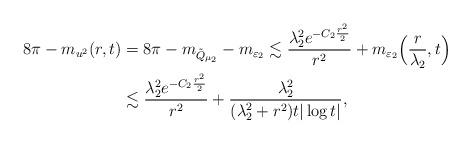
LaTeX: \begin{align*}8\pi-m_{u^2}(r,t)&=8\pi-m_{\tilde{Q}_{\mu_2}}-m_{\varepsilon_2}\lesssim\frac{\lambda_2^2e^{-C_2\frac{r^2}{2}}}{r^2}+m_{\varepsilon_2}\Big(\frac{r}{\lambda_2},t\Big)\\&\lesssim\frac{\lambda_2^2e^{-C_2\frac{r^2}{2}}}{r^2}+\frac{\lambda_2^2}{(\lambda_2^2+r^2)t|\log t|},\end{align*}